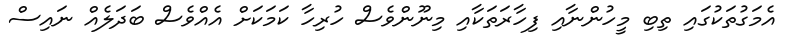
އެމަގުތަކުގައި ތިބި މީހުންނާއި ފިހާރަތަކާއި މިނޫންވެސް ހުރިހާ ކަމަކަށް އެއްވެސް ބަދަލެއް ނައިސް